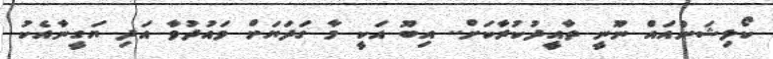
ކޯލިޝަންއައް ނޫނީ ތާއީދުކުރާކަށް.. އިބޫ އަކީ މާ ގަދަޔަށް ވައުދުވާ އަދި ޔަގީނާއެކު